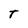
Character: t